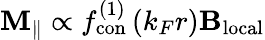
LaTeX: \mathbf{M}_{\parallel}\propto f_{\mathrm{con}}^{(1)}\left(k_{F}r\right)\mathbf{B_{\mathrm{local}}}